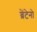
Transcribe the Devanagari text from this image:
ब्रेंटेनो